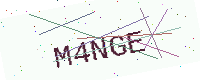
Text: M4NGE